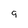
Character: 9